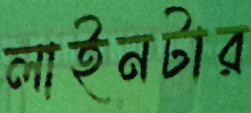
লাইনটার